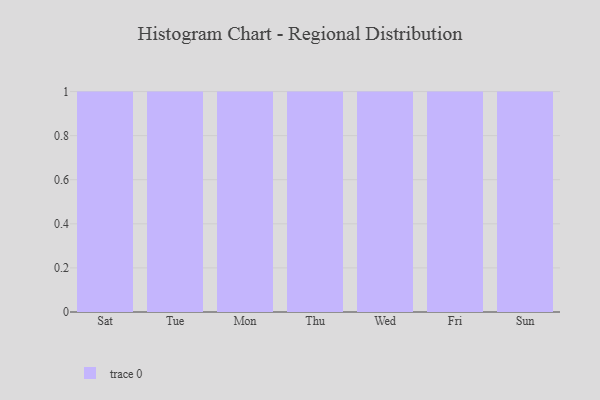
{"axis": {"x": "Day", "y": "Population (Million)"}, "legend": [""], "data": [{"x": "Sat", "y": 82, "type": ""}, {"x": "Tue", "y": 8, "type": ""}, {"x": "Mon", "y": 50, "type": ""}, {"x": "Thu", "y": 34, "type": ""}, {"x": "Wed", "y": 87, "type": ""}, {"x": "Fri", "y": 98, "type": ""}, {"x": "Sun", "y": 62, "type": ""}]}